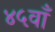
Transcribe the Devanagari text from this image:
४५वाँ